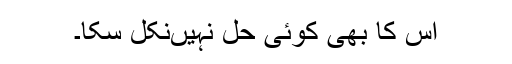
اس کا بھی کوئی حل نہیںنکل سکا۔